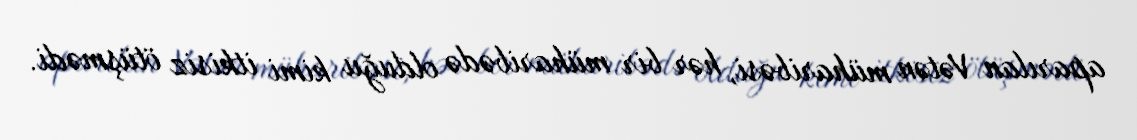
aparılan Vətən müharibəsi, hər bir müharibədə olduğu kimi itkisiz ötüşmədi.